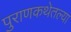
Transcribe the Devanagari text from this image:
पुराणकथेतल्या